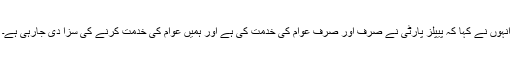
انہوں نے کہا کہ پیپلز پارٹی نے صرف اور صرف عوام کی خدمت کی ہے اور ہمیں عوام کی خدمت کرنے کی سزا دی جارہی ہے۔